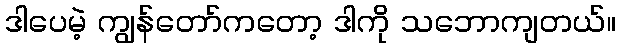
ဒါပေမဲ့ ကျွန်တော်ကတော့ ဒါကို သဘောကျတယ်။